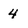
Character: 4